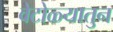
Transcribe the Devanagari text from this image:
वेटोळ्यातुन